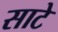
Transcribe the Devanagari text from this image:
साटे